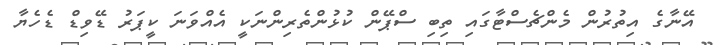
އޭނާގެ އިތުރުން މެންޗެސްޓާގައި ތިބި ސްޕޭން ކުޅުންތެރިންނަކީ އެއްވަނަ ކީޕަރު ޑޭވިޑް ޑެހެޔާ